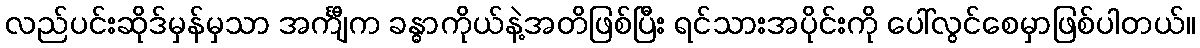
လည်ပင်းဆိုဒ်မှန်မှသာ အင်္ကျီက ခန္ဓာကိုယ်နဲ့အတိဖြစ်ပြီး ရင်သားအပိုင်းကို ပေါ်လွင်စေမှာဖြစ်ပါတယ်။